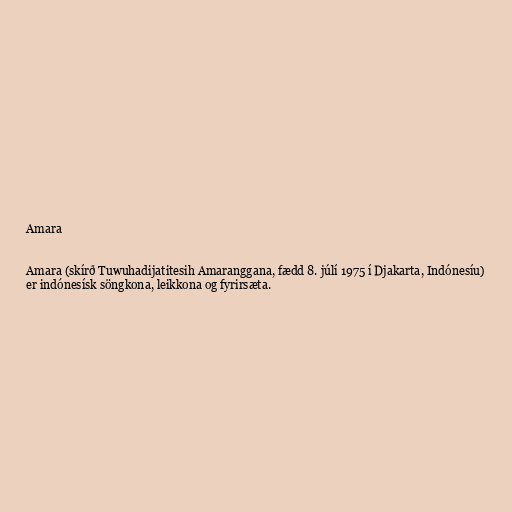
Amara

Amara (skírð Tuwuhadijatitesih Amaranggana, fædd 8. júlí 1975 í Djakarta, Indónesíu)
er indónesísk söngkona, leikkona og fyrirsæta.